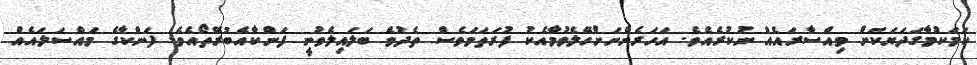
ކަމަކުމާގަދަޔަކަށް ވިއްސާރައެއް ނުކުރެއެވެ. އަހަރެންނަށްހޭލެވުމާއެކު ފުރަތަމަވެސް ތެދުވެ ބަލަައިލެވުނީ ފަންކާއެބުރޭތޯއެވެ. ފަންކާގެ މައްސަލައެއް